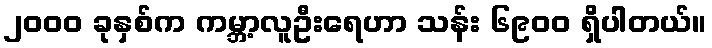
၂၀၀၀ ခုနှစ်က ကမ္ဘာ့လူဦးရေဟာ သန်း ၆၉၀၀ ရှိပါတယ်။